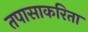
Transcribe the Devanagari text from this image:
तपासाकरिता